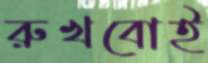
রুখবোই